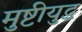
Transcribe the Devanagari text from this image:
मुष्टीयुद्ध